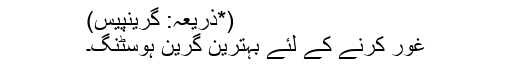
(*ذریعہ: گرینپیس)
غور کرنے کے لئے بہترین گرین ہوسٹنگ۔